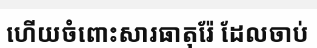
ហើយចំពោះសារធាតុរ៉ែ ដែលចាប់